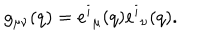
g _ { \mu \nu } ( q ) = e ^ { i } { } _ { \mu } ( q ) e ^ { i } { } _ { \nu } ( q ) .